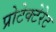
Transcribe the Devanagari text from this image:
प्रोटेक्टेरेट